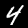
Label: 4